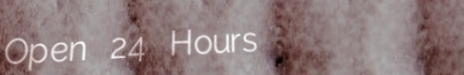
Open 24 Hours